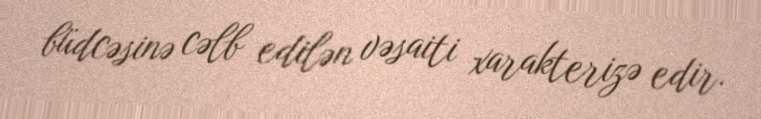
büdcəsinə cəlb edilən vəsaiti xarakterizə edir.